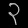
Digit: ၃